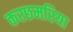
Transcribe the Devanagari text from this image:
करछमरिया